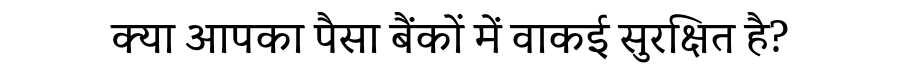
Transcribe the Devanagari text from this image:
क्या आपका पैसा बैंकों में वाकई सुरक्षित है?